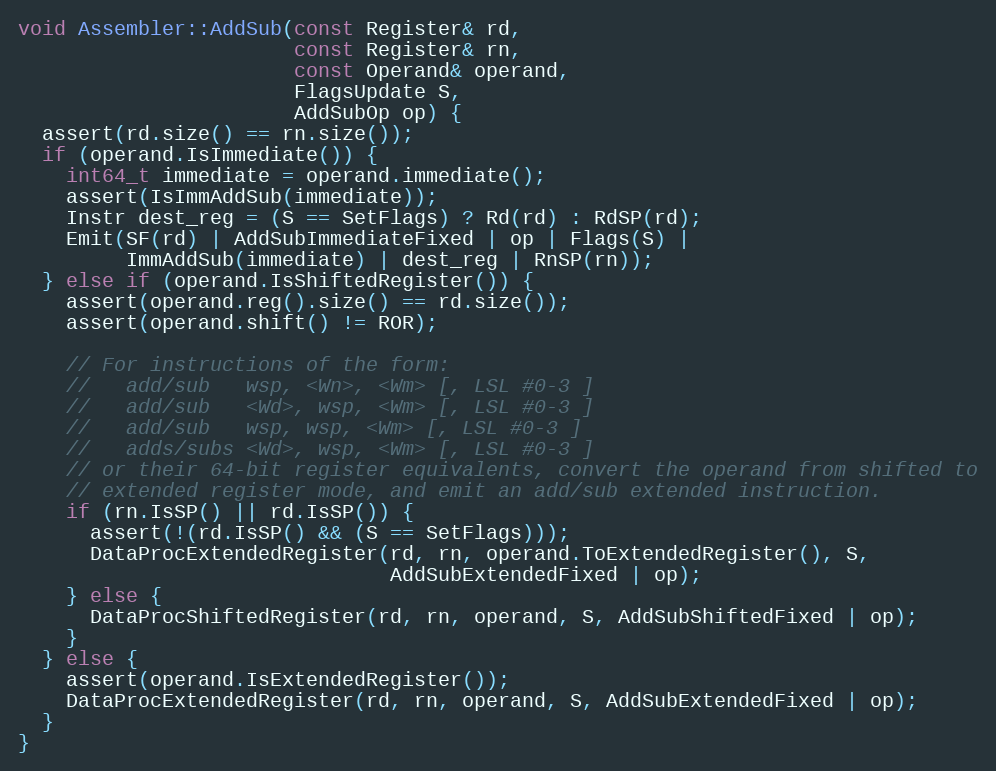
Language: C++
void Assembler::AddSub(const Register& rd,
                       const Register& rn,
                       const Operand& operand,
                       FlagsUpdate S,
                       AddSubOp op) {
  assert(rd.size() == rn.size());
  if (operand.IsImmediate()) {
    int64_t immediate = operand.immediate();
    assert(IsImmAddSub(immediate));
    Instr dest_reg = (S == SetFlags) ? Rd(rd) : RdSP(rd);
    Emit(SF(rd) | AddSubImmediateFixed | op | Flags(S) |
         ImmAddSub(immediate) | dest_reg | RnSP(rn));
  } else if (operand.IsShiftedRegister()) {
    assert(operand.reg().size() == rd.size());
    assert(operand.shift() != ROR);

    // For instructions of the form:
    //   add/sub   wsp, <Wn>, <Wm> [, LSL #0-3 ]
    //   add/sub   <Wd>, wsp, <Wm> [, LSL #0-3 ]
    //   add/sub   wsp, wsp, <Wm> [, LSL #0-3 ]
    //   adds/subs <Wd>, wsp, <Wm> [, LSL #0-3 ]
    // or their 64-bit register equivalents, convert the operand from shifted to
    // extended register mode, and emit an add/sub extended instruction.
    if (rn.IsSP() || rd.IsSP()) {
      assert(!(rd.IsSP() && (S == SetFlags)));
      DataProcExtendedRegister(rd, rn, operand.ToExtendedRegister(), S,
                               AddSubExtendedFixed | op);
    } else {
      DataProcShiftedRegister(rd, rn, operand, S, AddSubShiftedFixed | op);
    }
  } else {
    assert(operand.IsExtendedRegister());
    DataProcExtendedRegister(rd, rn, operand, S, AddSubExtendedFixed | op);
  }
}